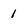
Character: 1